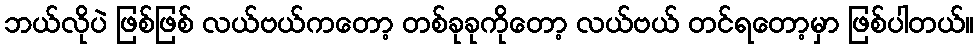
ဘယ်လိုပဲ ဖြစ်ဖြစ် လယ်ဗယ်ကတော့ တစ်ခုခုကိုတော့ လယ်ဗယ် တင်ရတော့မှာ ဖြစ်ပါတယ်။